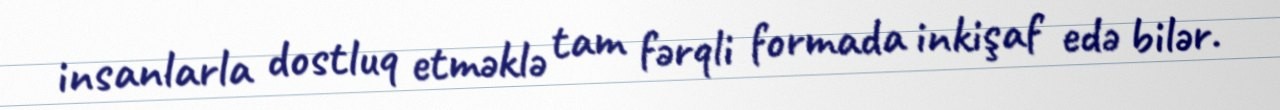
insanlarla dostluq etməklə tam fərqli formada inkişaf edə bilər.